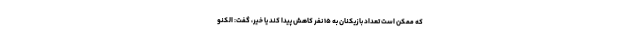
که ممکن است تعداد بازیکنان به ۱۵ نفر کاهش پیدا کند یا خیر، گفت: الکنو